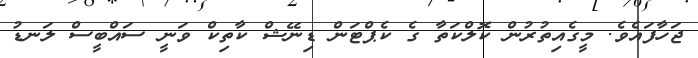
ޖަހާފައެވެ. މީގެއިތުރުން ކޮލްކަތާ ގެ ކެޕްޓަން ޑިނޭޝް ކާތިކް ވަނީ ސައްބީސް ލަނޑު